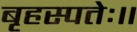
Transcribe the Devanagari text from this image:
बृहस्पतेः॥